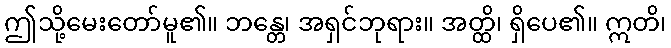
ဤသို့မေးတော်မူ၏။ ဘန္တေ၊ အရှင်ဘုရား။ အတ္ထိ၊ ရှိပေ၏။ ဣတိ၊